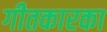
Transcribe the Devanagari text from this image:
गीतकारका